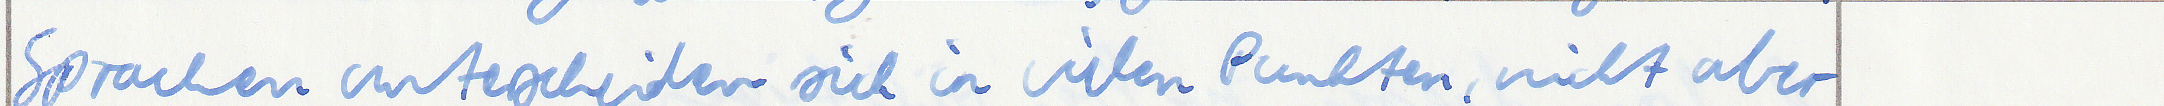
Sprachen unterscheiden sich in vielen Punkten, nicht aber